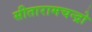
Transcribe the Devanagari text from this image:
सीतारामचन्द्रो